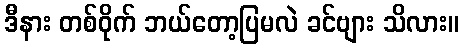
ဒီနား တစ်ဝိုက် ဘယ်တော့ပြမလဲ ခင်ဗျား သိလား။